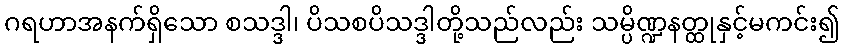
ဂရဟာအနက်ရှိသော စသဒ္ဒါ၊ ပိသစပိသဒ္ဒါတို့သည်လည်း သမ္ပိဏ္ဍနတ္ထုနှင့်မကင်း၍